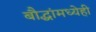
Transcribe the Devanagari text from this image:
बौद्धांमध्येही